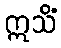
ဣသိံ